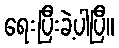
ရေးပြီးခဲ့ပါပြီ။